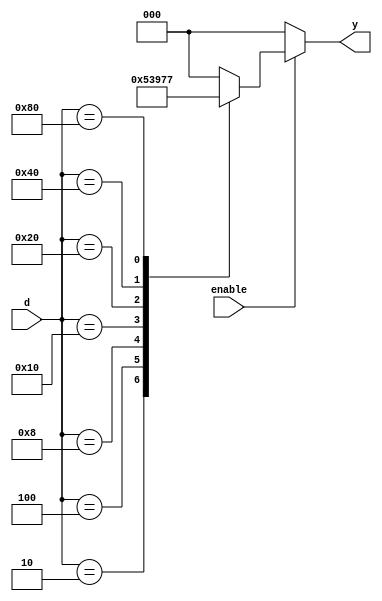

module encoder_8to3(
    input [7:0] d,
    input enable,
    output reg [2:0] y
    );
 
    always @(*) begin
        if (enable == 0)
           y = 8'b0;
        else begin
            case (d)   //case statement. Check all the 8 valid combinations
                8'b00000001 : y = 3'd0; // 8 out of 256 combinations used
                8'b00000010 : y = 3'd1;
                8'b00000100 : y = 3'd2;
                8'b00001000 : y = 3'd3;
                8'b00010000 : y = 3'd4;
                8'b00100000 : y = 3'd5;
                8'b01000000 : y = 3'd6;
                8'b10000000 : y = 3'd7;
                //PRO Tip: create a default value for output to prevent latch creation
                //You should always use a default even if all the combinations are covered (full case)
                default : y = 3'd0; 
            endcase
        end
    end
  
endmodule



`timescale 1us/1ns
module tb_encoder_8to3();
	
    reg [7:0] d;
    reg enable;
    wire  [2:0] y;
	
	integer i;

    // Instantiate the DUT
    encoder_8to3 ENC3_8 (
        .d     (d     ),
        .enable(enable),
        .y     (y     )
    );
  
    // Create stimulus
    initial begin
        $monitor($time, " d = %b, y = %d", d, y);
        #1; d = 0; enable = 0;
        for (i = 0; i<8; i=i+1) begin
            #1; d = (1 << i); enable = 1;
        end
        #1; d = 8'b1111_1111;
    end
  
endmodule